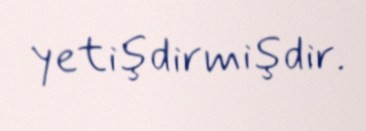
yetişdirmişdir.